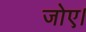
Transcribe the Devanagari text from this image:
जोए।